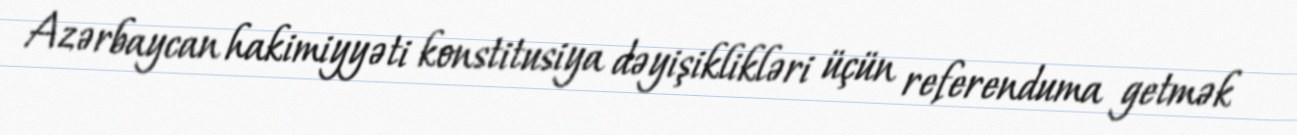
Azərbaycan hakimiyyəti konstitusiya dəyişiklikləri üçün referenduma getmək